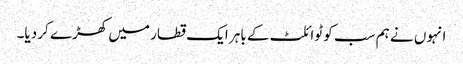
انہوں نے ہم سب کو ٹوائلٹ کے باہر ایک قطار میں کھڑے کر دیا۔